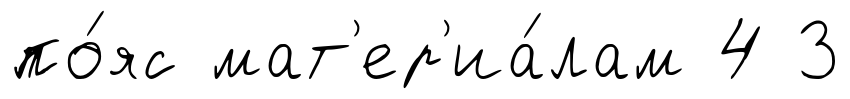
по́яс мат'ер'иа́лам 4 3